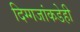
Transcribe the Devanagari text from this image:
दिग्गजांकडेही